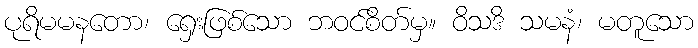
ပုရိမမနတော၊ ရှေးဖြစ်သော ဘဝင်စိတ်မှ။ ဝိသဒိ သမနံ၊ မတူသော